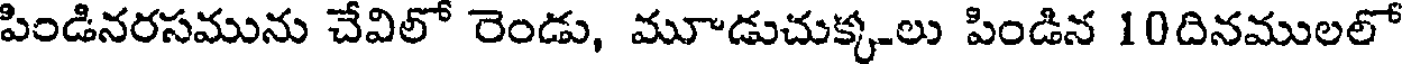
పిండినరసమును చేవిలో రెండు, మూడుచుక్క-లు పిండిన 10దినములలో